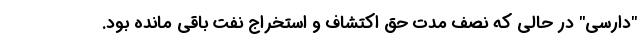
"دارسی" در حالی که نصف مدت حق اکتشاف و استخراج نفت باقی مانده بود.